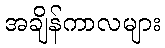
အချိန်ကာလများ